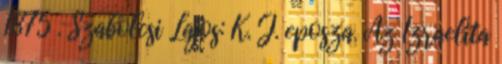
1875 . Szabolcsi Lajos: K. J. eposza. Az Izraelita